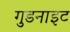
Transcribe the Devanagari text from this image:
गुडनाइट